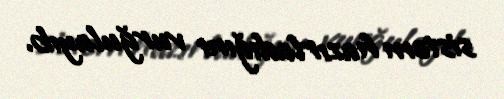
sistem hazırladığını vurğulayıb.